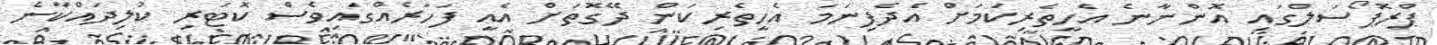
ޕްރޮޕޯސަލްގައި އޮންނާނެ އެހީތެރިކަމަށް އެދެފިނަމަ އެހީތެރިކަން ދޭގޮތަށް އެއީ ފަހަރެއްގައިވެސް ކޮޓަރި ކުލިދައްކާނެ